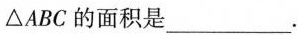
\triangle ABC的面积是___。